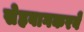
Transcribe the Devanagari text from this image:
सेहवागकरवे